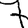
Digit: 7